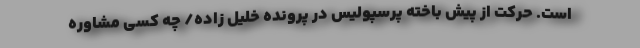
است. حرکت از پیش باخته پرسپولیس در پرونده خلیل زاده/ چه کسی مشاوره